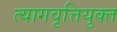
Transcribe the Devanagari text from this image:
त्यागवृत्तियुक्त